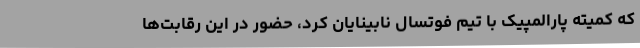
که کمیته پارالمپیک با تیم فوتسال نابینایان کرد، حضور در این رقابت‌ها